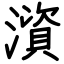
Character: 澬